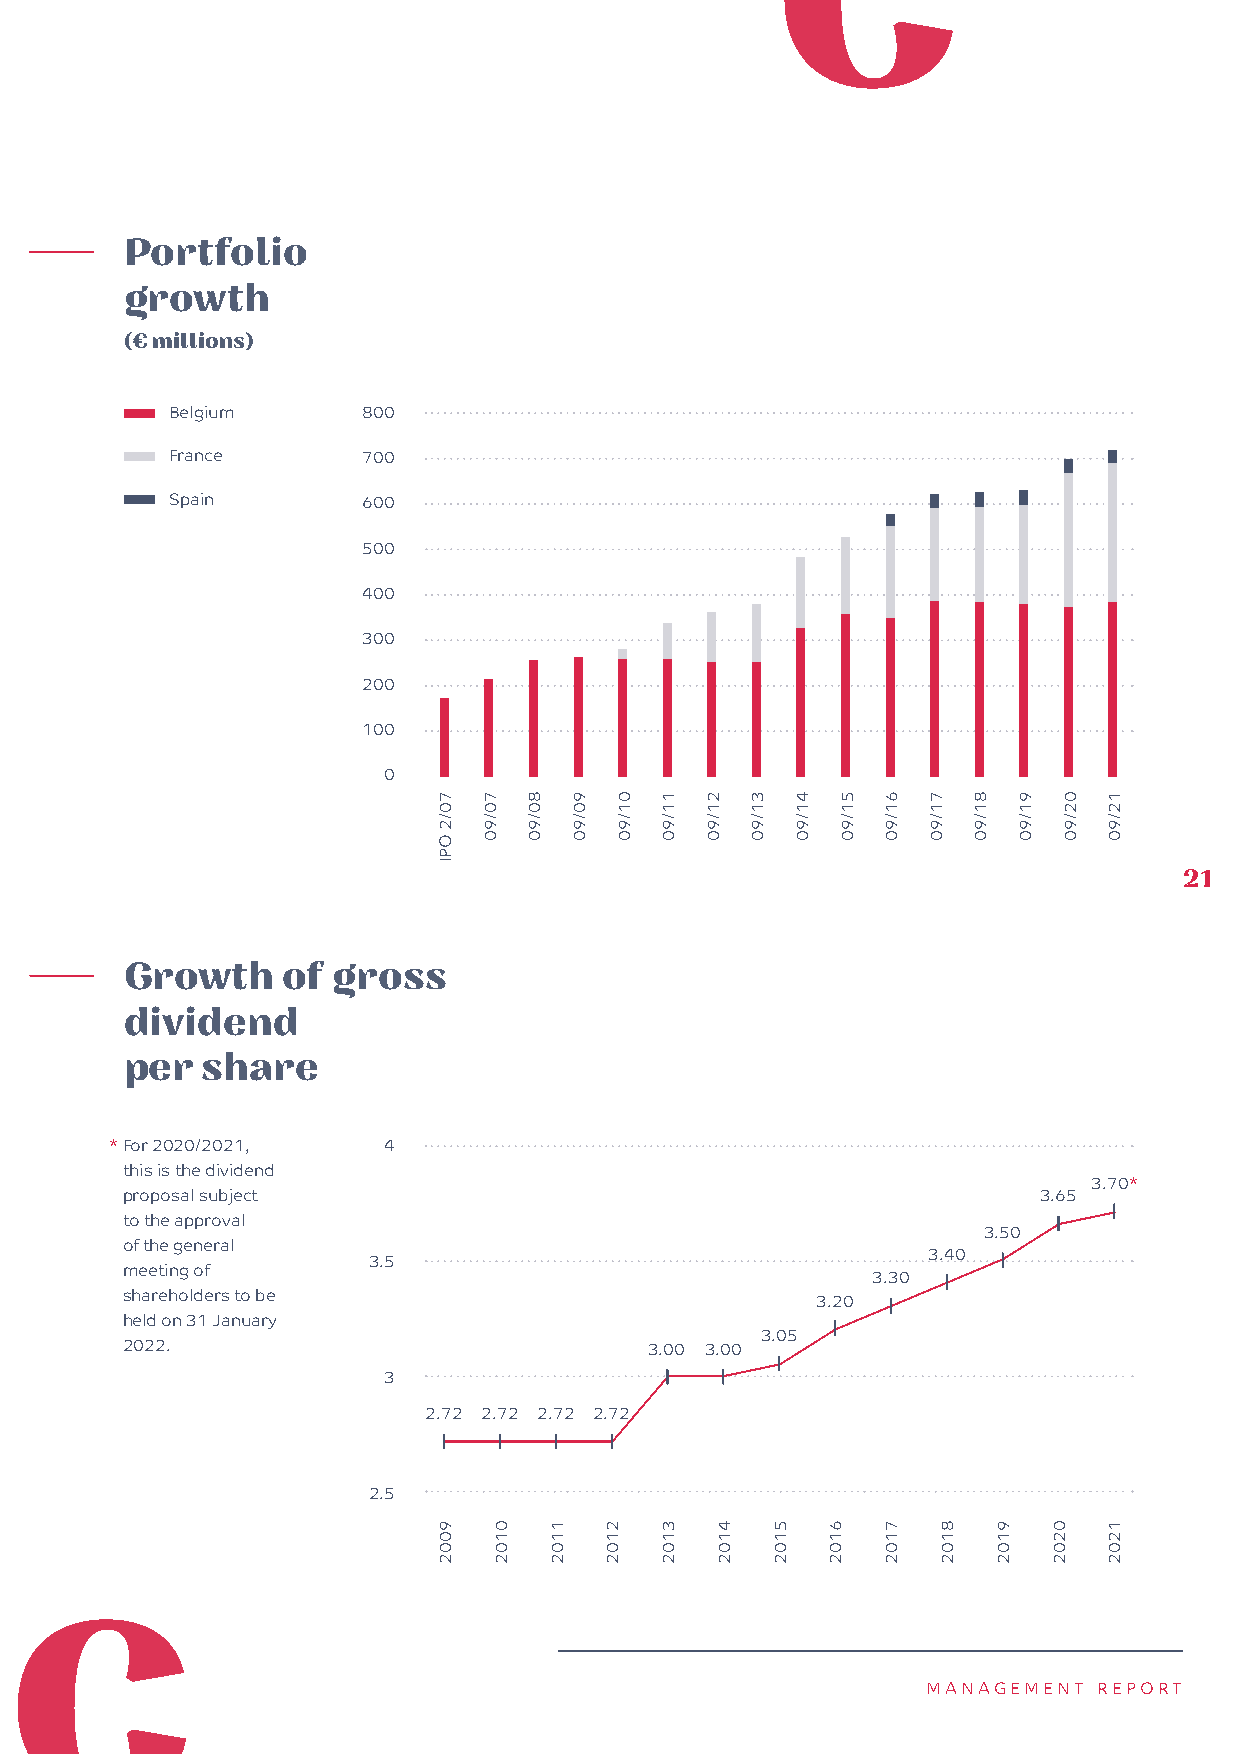
Portfolio
 growth
 (€ millions)
 Belgium      800
 France       700
 Spain        600
 500
 400
 300
 200
 100
 0
 21
 Growth     of gross
 dividend
 per  share
 * For 2020/2021,  4
 this is the dividend
 3.70*
 proposal subject                                             3.65
 to the approval
 3.50
 of the general
 3.40
 3.5
 meeting of
 3.30
 shareholders to be                            3.20
 held on 31 January
 3.05
 2022.                              3.00 3.00
 3
 2.72 2.72 2.72 2.72
 2.5
 MANAGEMENT  REPORT
 70/2
 OPI
 9002
 70/90
 0102
 80/90
 1102
 90/90
 2102
 01/90 11/90
 3102
 21/90
 4102
 31/90
 5102
 41/90
 6102
 51/90 61/90
 7102
 71/90
 8102
 81/90
 9102
 91/90
 0202
 02/90 12/90
 1202